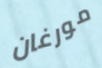
مورغان